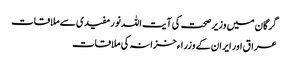
گرگان میں وزیر صحت کی آیت اللہ نور مفیدی سے ملاقات
عراق اور ایران کے وزراء خزانہ کی ملاقات